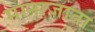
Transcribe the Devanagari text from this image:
मानाजाता